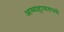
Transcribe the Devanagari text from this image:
अव्यहावतपणे